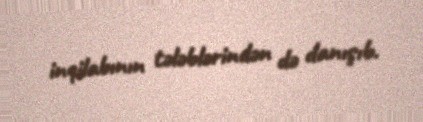
inqilabının tələblərindən də danışıb.